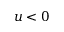
u < 0